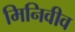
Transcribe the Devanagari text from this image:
मिनिवीव